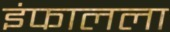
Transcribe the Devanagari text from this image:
इंफालला